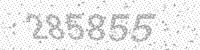
Solution: 285855